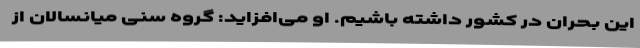
این بحران در کشور داشته باشیم. او می‌افزاید: گروه سنی میانسالان از